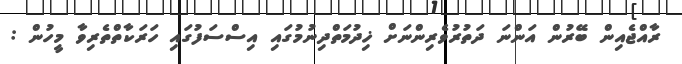
ރާއްޖެއިން ބޭރުން އަންނަ ދަތުރުވެރިންނަށް ޚިދުމަތްދިނުމުގައި އިސްސަފުގައި ހަރަކާތްތެރިވާ މީހުން :